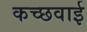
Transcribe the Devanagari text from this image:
कच्छवाई